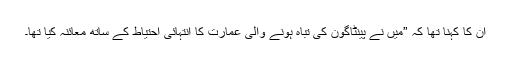
ان کا کہنا تھا کہ ”میں نے پینٹاگون کی تباہ ہونے والی عمارت کا انتہائی احتیاط کے ساتھ معائنہ کیا تھا۔